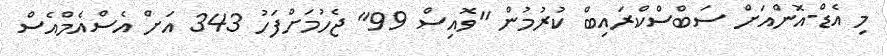
މި އެޑް-އޮންއަށް ސަބްސްކްރައިބް ކުރުމުން "ވޮއިސް 99" ޖެހުމަށްފަހު 343 އަށް އެސްއެމްއެސް